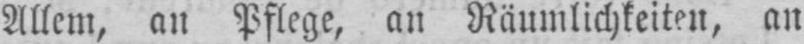
allem, an Pflege, an Räumlichkeiten, an